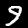
Label: 9